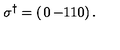
\sigma ^ { \dagger } = \left( \begin{matrix} { 0 } & { - 1 } \\ { 1 } & { 0 } \\ \end{matrix} \right) .